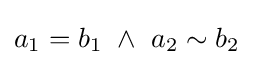
a_{1}=b_{1}~\land ~a_{2}\sim b_{2}